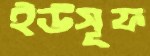
ইউসূফ